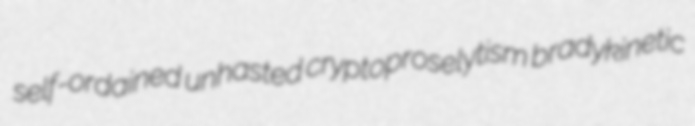
self-ordained unhasted cryptoproselytism bradykinetic